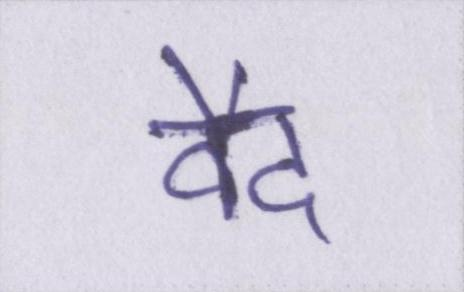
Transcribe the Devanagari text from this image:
वैद